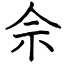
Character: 佘